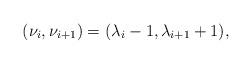
LaTeX: \begin{align*} (\nu_i,\nu_{i+1}) = (\lambda_i-1,\lambda_{i+1}+1),\end{align*}